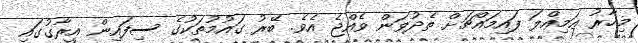
މިހާރު އަމިއްލަ ފައިމައްޗަށް ތެދުވަން ވެއްޖެ އެވެ. ބޭރު ގައުމުތަކުގެ ސިފައިން އީރާގުގައި